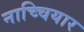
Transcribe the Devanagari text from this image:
नाच्चियार